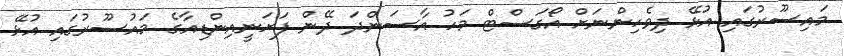
މައިސޫރުގައި އުޅޭ ދިވެހިންނަށް އޯގަސްޓް މަހު އާސަންދަ ދޭން ފަށަނީއިންޑިއާގެ މައުސޫރުގައި އުޅޭ